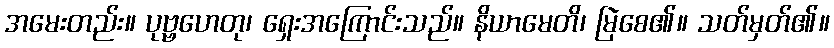
အမေးတည်း။ ပုဗ္ဗဟေတု၊ ရှေးအကြောင်းသည်။ နိယာမေတိ၊ မြဲစေ၏။ သတ်မှတ်၏။